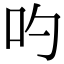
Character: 𠮭